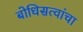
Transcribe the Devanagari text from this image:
बोधिसत्वांचा